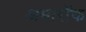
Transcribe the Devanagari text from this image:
अमारॉक